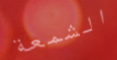
الشمعة